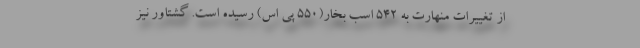
از تغییرات منهارت به 542 اسب بخار(550 پی اس) رسیده است. گشتاور نیز